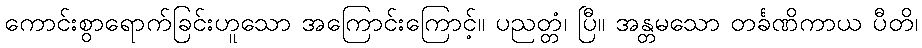
ကောင်းစွာရောက်ခြင်းဟူသော အကြောင်းကြောင့်။ ပညတ္တံ၊ ပြီ။ အန္တမသော တင်္ခဏိကာယ ပီတိ၊